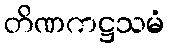
တိဏကဋ္ဌသမံ